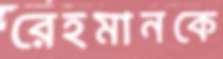
রেহমানকে